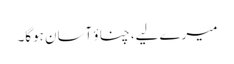
میرے لیے، چناؤ آسان ہوگا۔